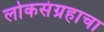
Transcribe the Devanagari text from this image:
लोकसंग्रहाचा